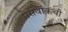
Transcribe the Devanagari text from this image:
पेसवॉकची